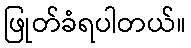
ဖြုတ်ခံရပါတယ်။